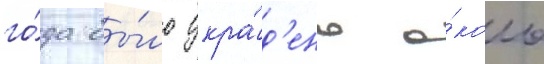
го́да бы́ло укра́д'ено о́коло